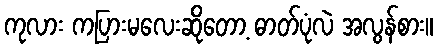
ကုလား ကပြားမလေးဆိုတော့ ဓာတ်ပုံလဲ အလွန်စား။